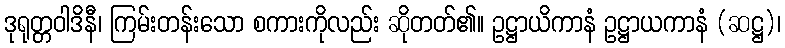
ဒုရုတ္တဝါဒိနီ၊ ကြမ်းတန်းသော စကားကိုလည်း ဆိုတတ်၏။ ဥဋ္ဌာယိကာနံ ဥဋ္ဌာယကာနံ (ဆဋ္ဌ)၊